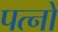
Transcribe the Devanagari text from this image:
पत्नों